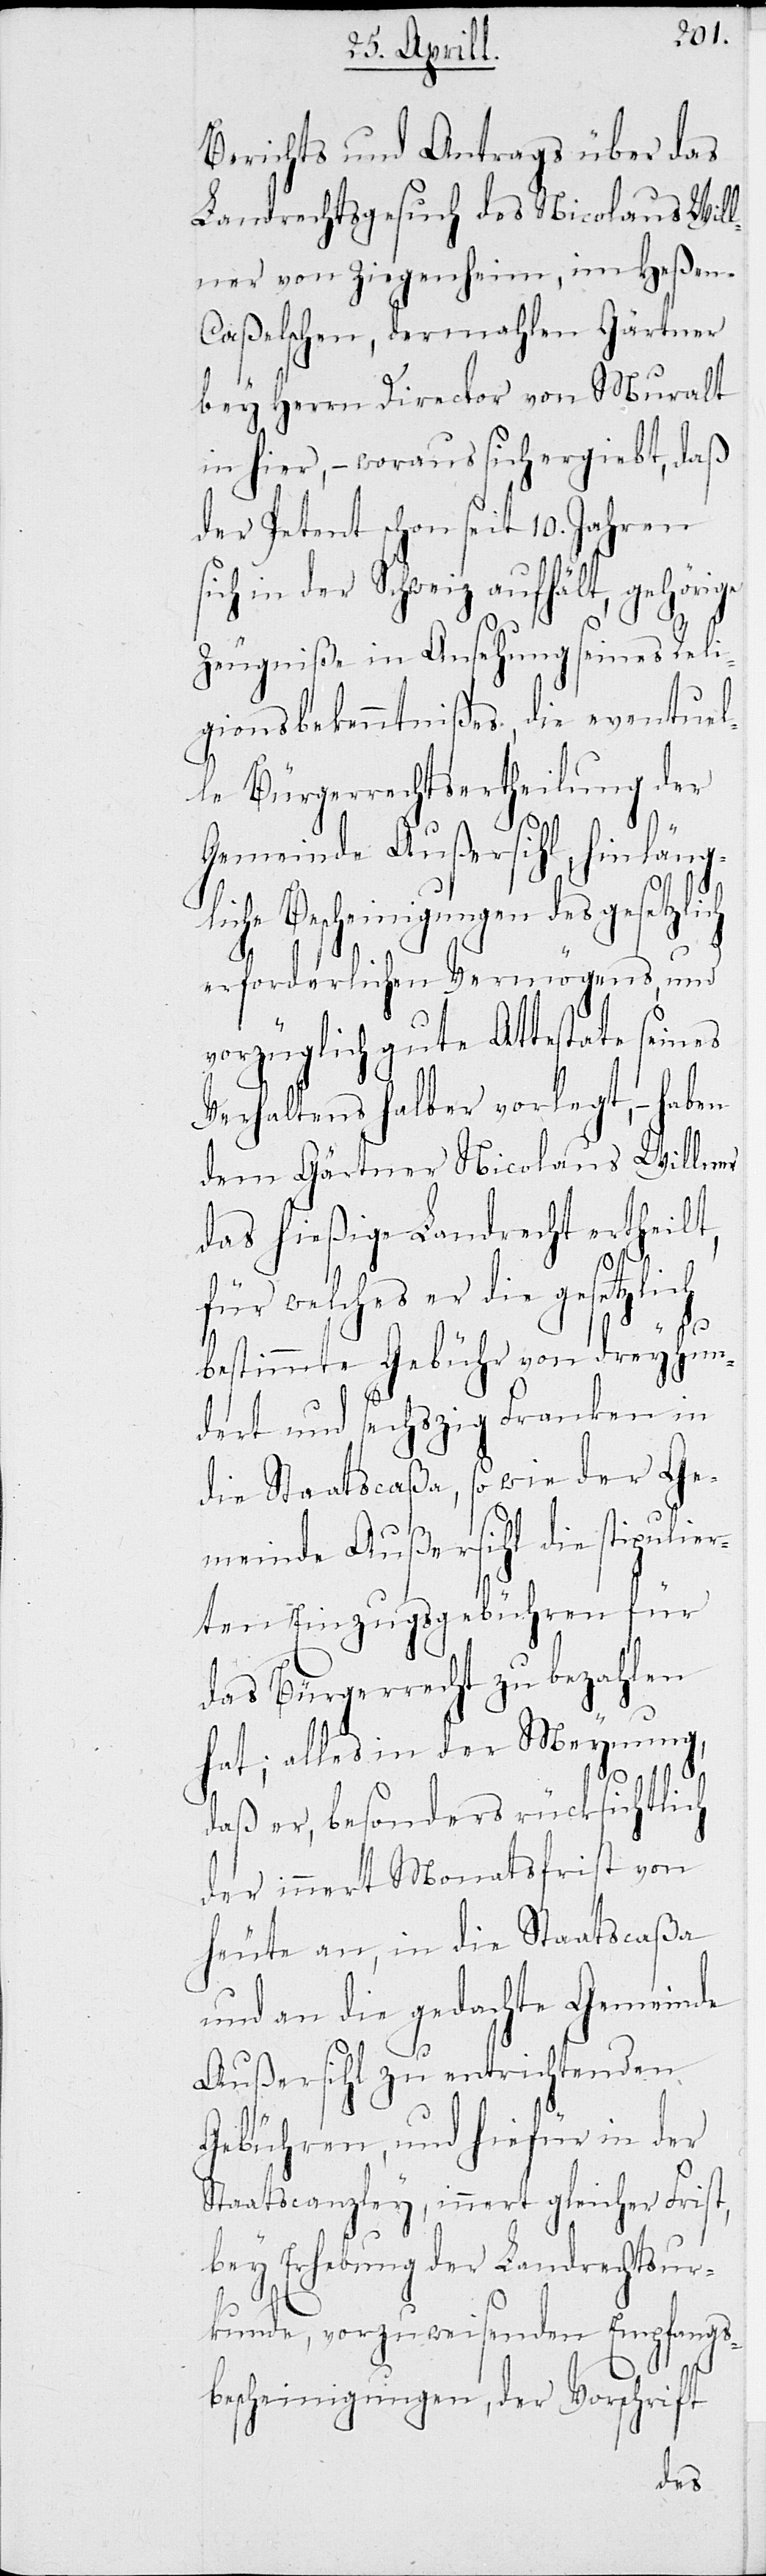
der
Berichts und Antrags über das
Landrechtsgesucht des Nicolaus Will¬
ner von Ziegenheim, im Heße¬
aßelschen, dermahlen Gärtner
ralt
bey Herrn Director von Mu¬
daß
in hier, – woraus sich erg¬
der Petent schon seit 10.
ksicht¬
sich in der Schweiz
lt,
Zeugniße in Ansehung
gionsbekenntnißes, die
le Bürgerrechtserthei¬
Gemeinde Außersihl, hinlän¬
gliche Bescheinigungen des gesetzli¬
erforderlichen Vermögens, und
vorzüglich gute Attestate seines
Verhaltens halber vorlegt, – haben
lich
dem Gärtner Nicolaus W¬
das hießige Landrecht erthei¬
für welches er die gesetzlich
ch
bestimmte Gebühr von
ndert und sechzig Franken in
die Staatscaßa, so wie der Ge¬
meinde Außersihl die stipulie¬
rten Einzugsgebühren für
das Bürgerrecht zu bezahlen
hat; alles in der Meynung,
daß er, besonders rüc¬
der innert Monatsfrist
heute an, in die Staatscaßa
und an die gedachte Gemeinde
Außersihl zu entrichtenden
Gebühren, und hiefür in der
Staatscanzley, innert gleicher Frist,
bey Erhebung der Landrechtsur¬
kunde, vorzuweisenden Empfangs¬
bescheinigungen, der Vorschrift